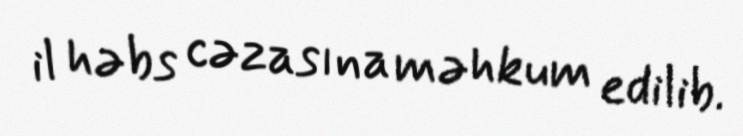
il həbs cəzasına məhkum edilib.